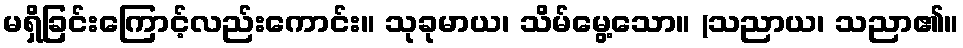
မရှိခြင်းကြောင့်လည်းကောင်း။ သုခုမာယ၊ သိမ်မွေ့သော။ (သညာယ၊ သညာ၏။